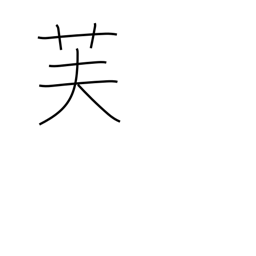
Meaning: Mt Fuji